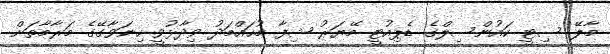
މާލޭ ސިޓީ ކައުންސިލްގެ ޑެޕިއުޓީ މޭޔަރު ޝިފާ މުހައްމަދު ވިދާޅުވީ ހިނަވާގޭގެ މަރާމާތަށް